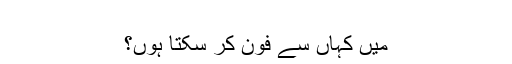
‬
‫میں کہاں سے فون کر سکتا ہوں؟